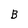
Character: B